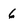
Character: 6